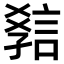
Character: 𧧿